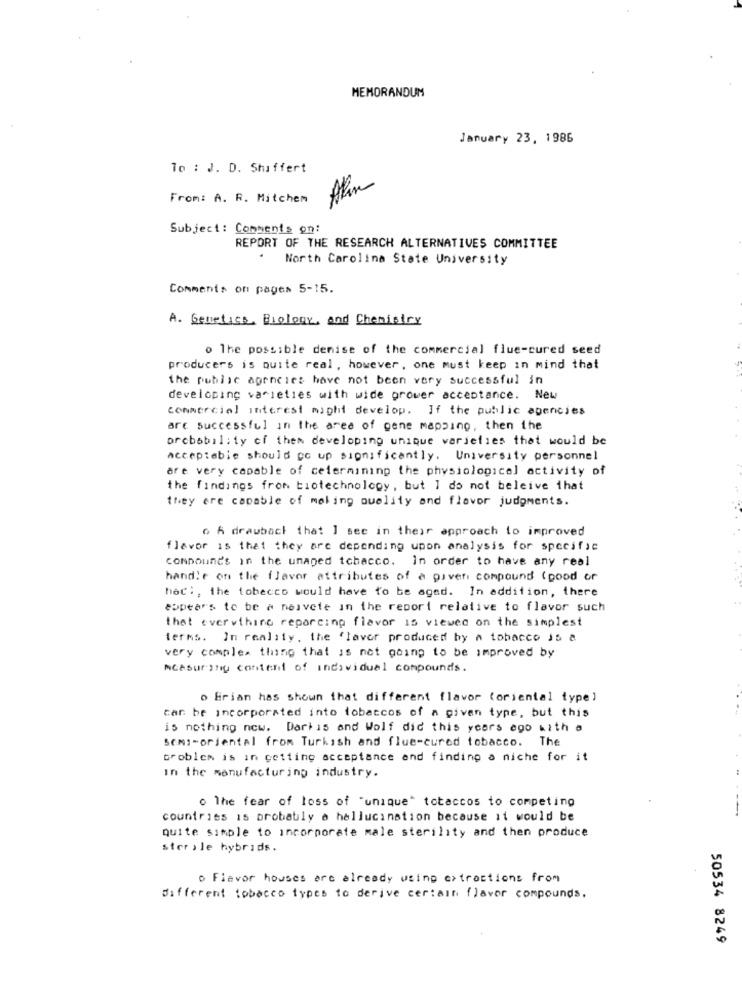
MEMORANDUM
January 23, 1986
To : J. D. Shiffert
From: A. R. Mitchem
Subject: Comments on:
REPORT OF THE RESEARCH ALTERNATIVES COMMITTEE
North Carolina State University
Comments on pages 5-15.
A. Genetics, Biology, and Chemistry
o The possible denise of the commercial flue-cured seed
producers is quite real, however, one must keep in mind that
the public agencies have not been very successful in
developing varieties with wide grower acceptance. New
commercial interest might develop. If the public agencies
art successful in the area of gene mapping, then the
probability of them developing unique varieties that would be
Acceptable should go up significantly. University personnel
are very capable of celermining the physiological activity of
the findings from biotechnology, but I do not beleive that
they are capable of making quality and flower judgments.
6 6 drawback that I see in their approach to improved
flavor is that they are depending upon analysis for specific
CONDOund's in the unaged tchacco. In order to have any real
handle on the flavor attributes of a given compound (good or
hat :, the tobacco would have to be aged. In addition, there
#Spears to be a noivete in the report relative to flavor such
that everything reporcing flavor 15 viewed on the simplest
terms. In reality, the flavor produced by a tobacco is &
very complex thing that is not going to be improved by
Measuring content of individual compounds.
o Brian has shown that different flavor (oriental type)
car be incorporated into tobaccos of a given type, but this
is nothing new. Dari is and Wolf did this years ago with a
SEmi-oriental from Turkish and flue-cured tobacco. The
problem is in getting acceptance and finding a niche for it
in the manufacturing industry.
o The fear of loss of "unique" totaccos to competing
-
countries 15 probably a hallucination because it would be
quite simple to incorporate male sterility and then produce
ster , le hybrids.
· Flavor houses are already wting extractions from
different tobacco types to derive certain flavor compounds.
50534 8249